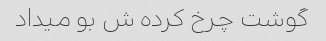
گوشت چرخ کرده ش بو میداد